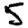
Digit: 5